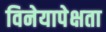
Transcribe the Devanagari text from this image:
विनेयापेक्षता